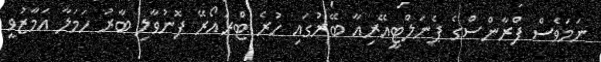
ނަމަވެސް ފްރާންސްގެ ޕެނަލްޓީއޭރިއާ ބޭރުގައި ހުރެ ޓްރައޯރޭ ފޮނުވާލި ބާރު ހަމަލާ އަމާޒުވީ